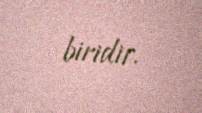
biridir.